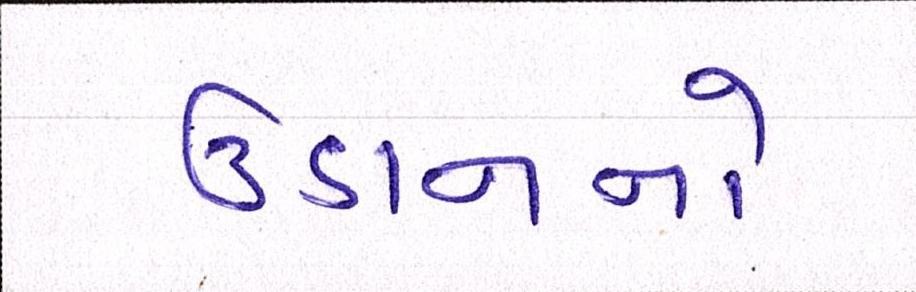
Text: ઉડાનનો